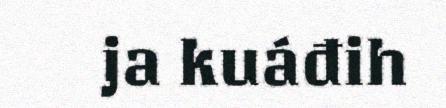
ja kuáđih